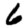
Digit: 6